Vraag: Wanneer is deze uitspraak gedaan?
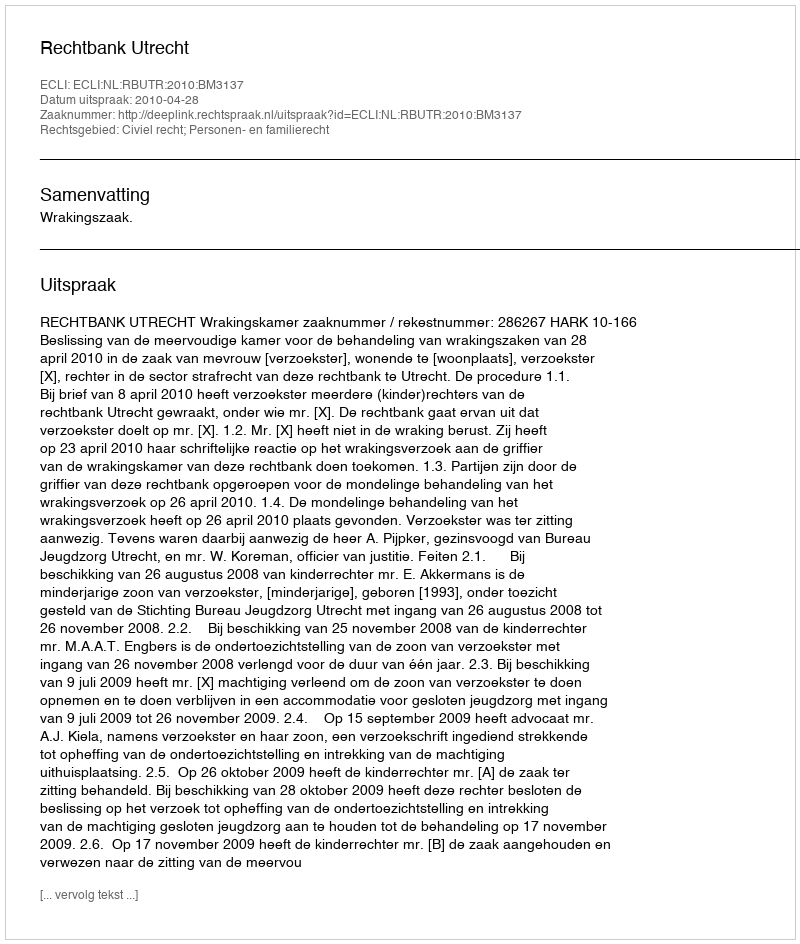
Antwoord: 2010-04-28